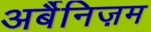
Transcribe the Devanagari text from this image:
अर्बैनिज़म